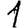
Digit: 1